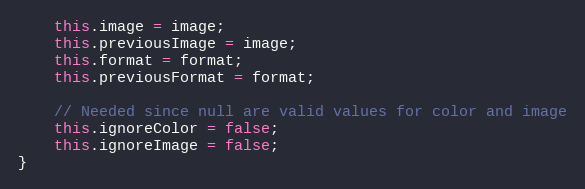
Language: JavaScript
	this.image = image;
	this.previousImage = image;
	this.format = format;
	this.previousFormat = format;

	// Needed since null are valid values for color and image
	this.ignoreColor = false;
	this.ignoreImage = false;
}